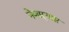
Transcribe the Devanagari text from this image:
नेणाऱ्यास